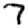
Digit: 7